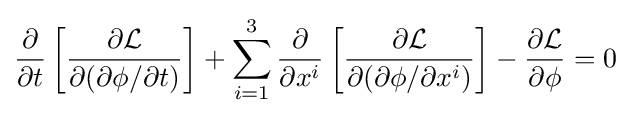
{\frac {\partial }{\partial t}}\left[{\frac {\partial {\mathcal {L}}}{\partial (\partial \phi /\partial t)}}\right]+\sum _{i=1}^{3}{\frac {\partial }{\partial x^{i}}}\left[{\frac {\partial {\mathcal {L}}}{\partial (\partial \phi /\partial x^{i})}}\right]-{\frac {\partial {\mathcal {L}}}{\partial \phi }}=0